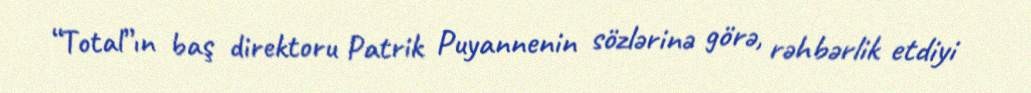
“Total”ın baş direktoru Patrik Puyannenin sözlərinə görə, rəhbərlik etdiyi